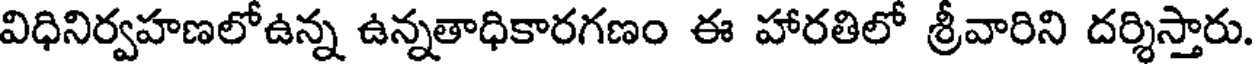
విధినిర్వహణలోఉన్న ఉన్నతాధికారగణం ఈ హారతిలో శ్రీవారిని దర్శిస్తారు.